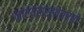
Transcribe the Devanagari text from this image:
नाटय़सस्थेतर्फे